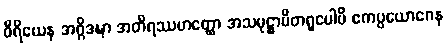
ဝီရိယေန အဂ္ဂိဒဍ္ဎာ အတိရဿဟတ္ထော အသမုဋ္ဌာပိတရူပေါပိ ဧကပ္ပယောဂေန